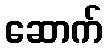
ဆောက်